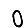
Digit: 0